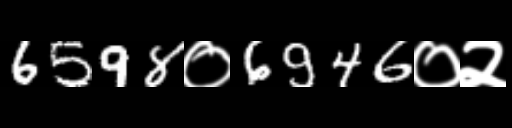
Text: 6598०6946०२